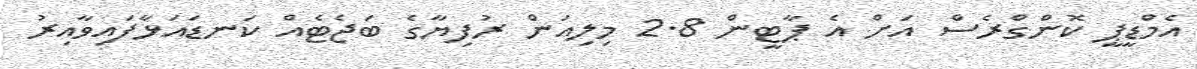
އެމްޑީޕީ ކޮންގްރެސް އަށް އެ ޕާޓީން 2.8 މިލިއަން ރުފިޔާގެ ބަޖެޓެއް ކަނޑައަޅާފައިވާއިރު